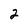
Character: 2